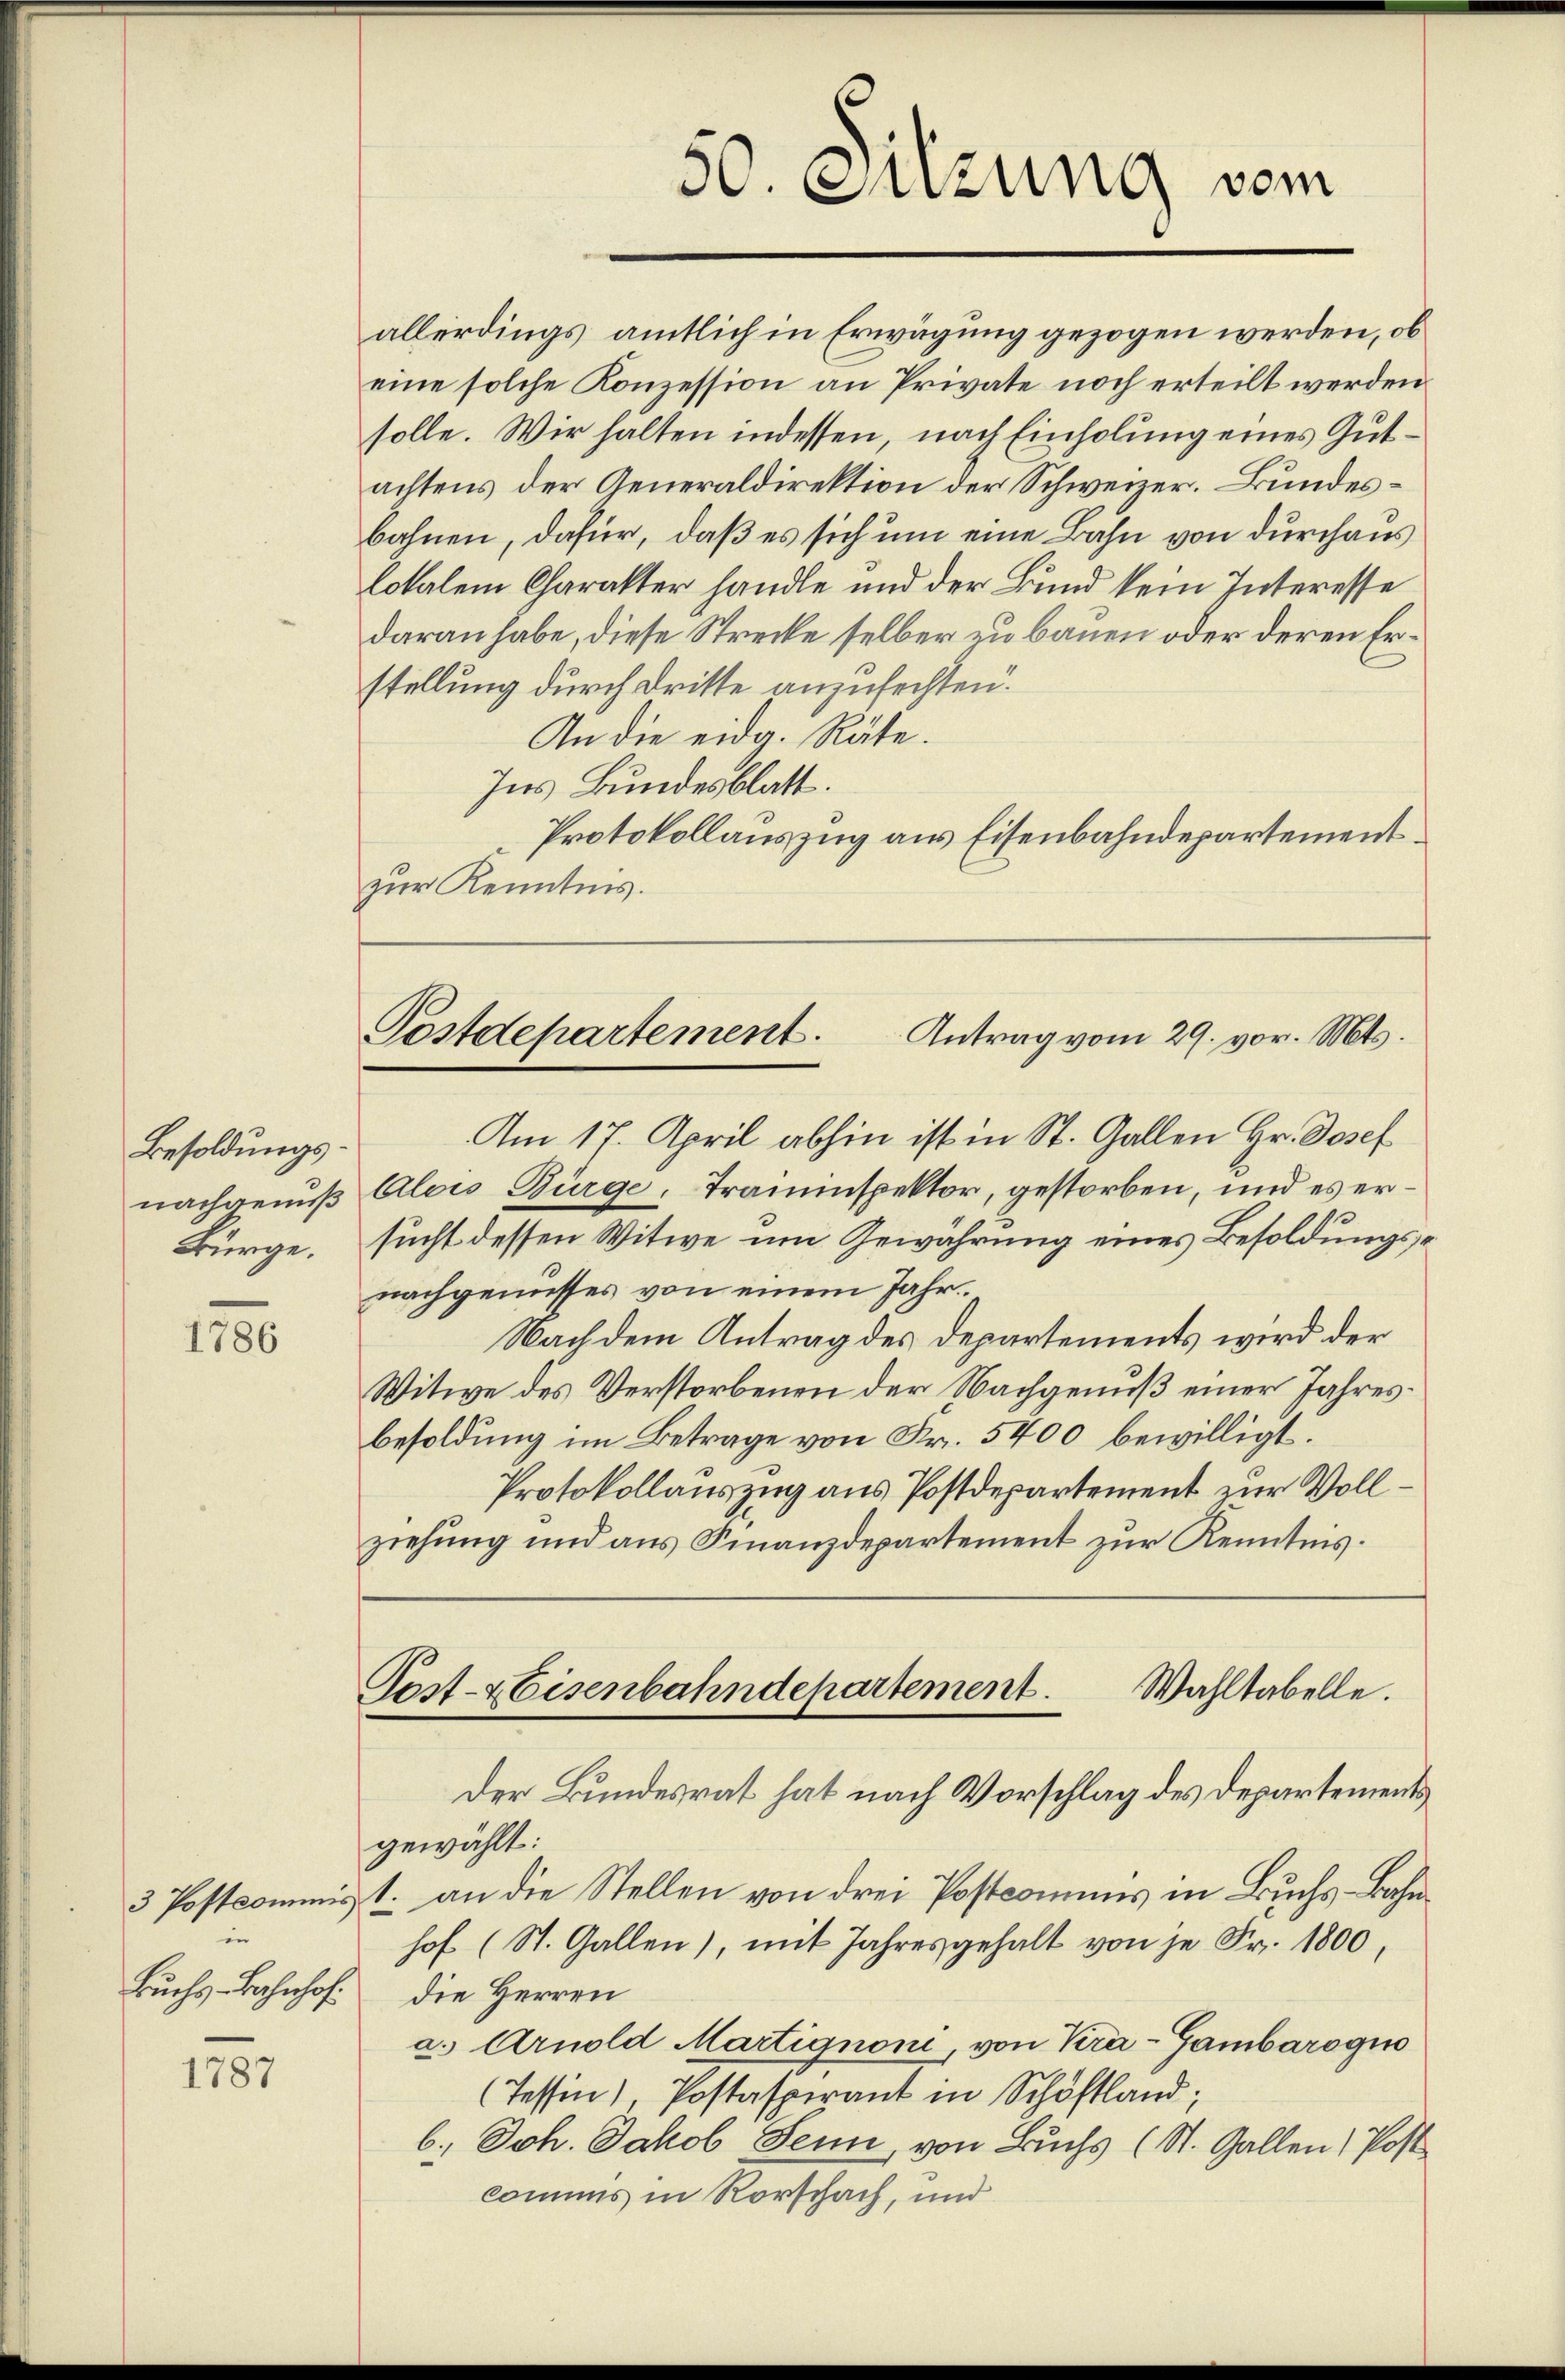
Besoldungsnachgenuß
Burge.

1180

allerdings amtlich in Erwägung gezogen werden, ob
eine solche Konzession an Private noch erteilt werden
solle. Wir halten indessen, nach Einholung eines Gutachtens der Generaldirektion der Schweizer. Bundesbahnen, dafür, daß es sich um eine Bahn von durchaus
lokalen Charakter handle und der Bund kein Interesse
daran habe, diese Strecke selber zu bauen oder deren Erstellung durch Dritte anzufechten.
An die eidg. Räte.
Ins Bundesblatt.
Protokollauszug aus Eisenbahndepartement
zur Kenntnis.

in
Buchs Bahnhof.

1751

50. Sitzung vom

Postdepartement. Antrag vom 29. vor. Mts.

Am 17. April abhin ist in St. Gallen Hr. Josef
Alois Bürge, Trauenspektor, gestorben, und es ersucht dessen Witwe um Gewährung eines Besoldungsnachgemisses von einem Jahr
Nach dem Antrag des Departements wird der
Witwe des Verstorbenen der Nachgenuß einer Jahresbesoldung im Betrage von Fr. 5400 bewilligt.
Protokollauszug aus Postdepartement zur Vollziehung und aus Finanzdepartement zur Kenntnis.
Wahltabelle.
Post-Eisenbahndepartement.
Der Bundesrat hat nach Vorschlag des Departements
gewählt:
3 Postcommisst an die Stellen von drei Postcomuns in Buchs-Bahnhof (St. Gallen), mit Jahres gehalt von je Fr. 1800,
die Herren
a. Arnold Martignoni, von Kra-Gambaroqu
(Tessin), Postaspirant in Schöstland;
b. Joh. Jakob Senn, von Buchs (St. Gallen) Post
commis in Rorschach, und